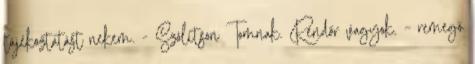
tájékoztatást nekem. - Szólítson Tomnak. Rendőr vagyok. – remegő